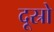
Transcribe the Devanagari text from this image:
दूस्रो